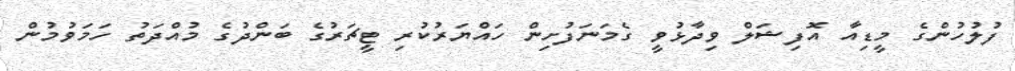
ފުލުހުންގެ މީޑިއާ އޮފިޝަލް ވިދާޅުވީ ގެމަނަފުށިން ހައްޔަރުކުރި ޓީޗަރުގެ ބަންދުގެ މުއްދަތު ހަމަވުމުން